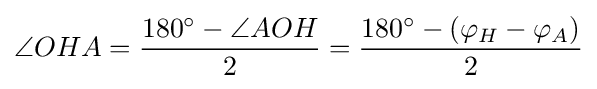
\angle OHA={\frac {180^{\circ }-\angle AOH}{2}}={\frac {180^{\circ }-(\varphi _{H}-\varphi _{A})}{2}}